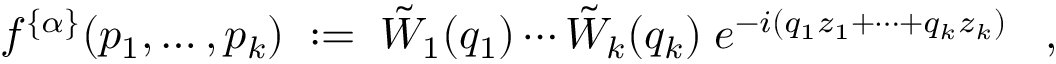
f ^ { \{ \alpha \} } ( p _ { 1 } , \ldots , p _ { k } ) \; : = \; \tilde { W } _ { 1 } ( q _ { 1 } ) \cdots \tilde { W } _ { k } ( q _ { k } ) \; e ^ { - i ( q _ { 1 } z _ { 1 } + \cdots + q _ { k } z _ { k } ) } \; \; \; ,